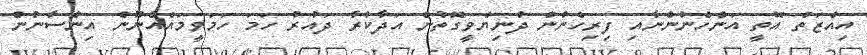
އިއްޒަތް އޮތީ އަންހެނުންނާއި ފިރިހެނުން ދުނިޔެވީގޮތުން އަދާކުރާ ދައުރު ހަމަ ހަމަވީމައެއްނޫން އިންސާނުން